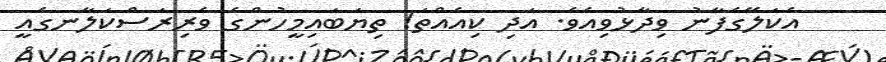
އެކަލޭގެފާނު ވިދާޅުވިއެވެ. އަދި ކިއެއްތަ! ތިޔަބައިމީހުންގެ ވެރިރަސްކަލާނގެއީ